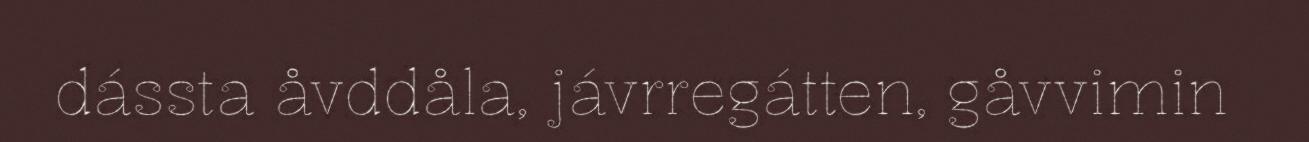
dássta åvddåla, jávrregátten, gåvvimin